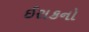
ઈરાકનો